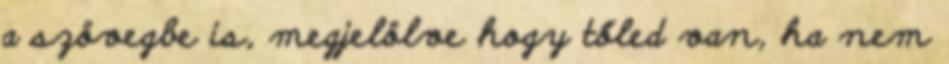
a szövegbe is, megjelölve hogy tőled van, ha nem